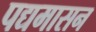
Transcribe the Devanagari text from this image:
पद्यमासन